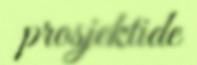
prosjektide